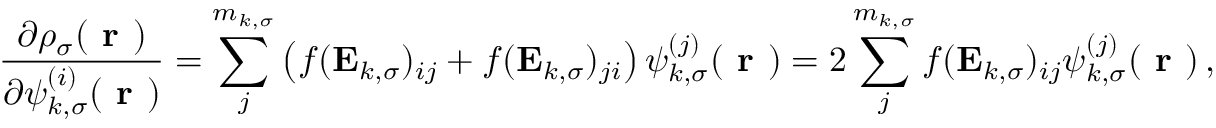
\frac { \partial \rho _ { \sigma } ( \boldsymbol { \textbf { r } } ) } { \partial \psi _ { k , \sigma } ^ { ( i ) } ( \boldsymbol { \textbf { r } } ) } = \sum _ { j } ^ { m _ { k , \sigma } } \left( f ( \mathbf { E } _ { k , \sigma } ) _ { i j } + f ( \mathbf { E } _ { k , \sigma } ) _ { j i } \right) \psi _ { k , \sigma } ^ { ( j ) } ( \boldsymbol { \textbf { r } } ) = 2 \sum _ { j } ^ { m _ { k , \sigma } } f ( \mathbf { E } _ { k , \sigma } ) _ { i j } \psi _ { k , \sigma } ^ { ( j ) } ( \boldsymbol { \textbf { r } } ) \, ,